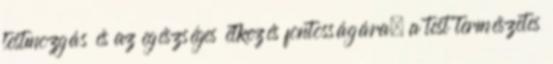
testmozgás és az egészséges étkezés fontosságára, a test természetes